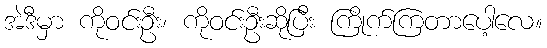
အဲဒီမှာ ကိုဝင်းဦး၊ ကိုဝင်းဦးဆိုပြီး ကြိုက်ကြတာပေါ့လေ။